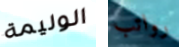
الوليمة رواتب